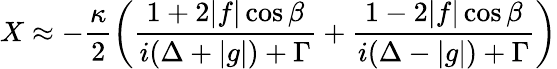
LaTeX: X\approx-\frac{\kappa}{2}\left(\frac{1+2|f|\cos\beta}{i(\Delta+|g|)+\Gamma}+\frac{1-2|f|\cos\beta}{i(\Delta-|g|)+\Gamma}\right)